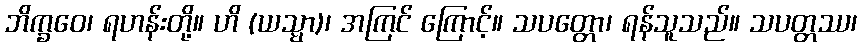
ဘိက္ခဝေ၊ ရဟန်းတို့။ ဟိ (ယသ္မာ)၊ အကြင် ကြောင့်။ သပတ္တော၊ ရန်သူသည်။ သပတ္တဿ၊